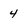
Character: 4